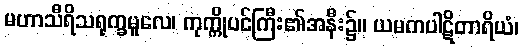
မဟာသီရိသရုက္ခမူလေ၊ ကုက္ကိုပင်ကြီး၏အနီး၌။ ယမကပါဋိတာရိယံ၊